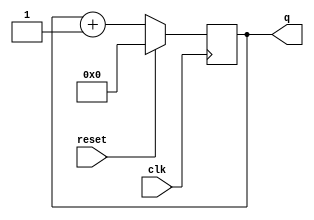
/*

Copyright 2022 Marc Ketel
SPDX-License-Identifier: Apache-2.0

*/

`default_nettype none

module top_module (
    input  wire       clk,
    input  wire       reset,  // Synchronous active-high reset
    output wire [3:0] q
);

  reg [3:0] counter = 4'b0;

  always @(posedge clk) begin
    if (reset) counter <= 4'b0;
    else counter <= counter + 1'b1;
  end

  assign q = counter;

endmodule